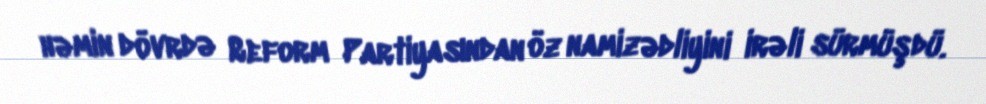
həmin dövrdə Reform Partiyasından öz namizədliyini irəli sürmüşdü.